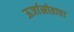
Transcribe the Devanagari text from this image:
ऊर्जास्रोताचा